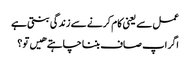
عمل سے یعنی کام کرنے سے زندگی بنتی ہے
اگر اپ صاف بننا چاہتے هیں تو ؟